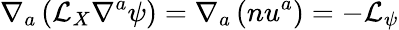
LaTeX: \nabla_{a}\left(\mathcal{L}_{X}\nabla^{a}\psi\right)=\nabla_{a}\left(nu^{a}\right)=-\mathcal{L}_{\psi}